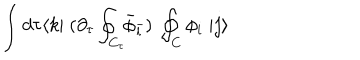
\int d \tau \langle k | \; ( \partial _ { \tau } \oint _ { C _ { \tau } } \! \! { \bar { \phi } } _ { \bar { l } } ) \; \oint _ { C } \phi _ { i } \; | j \rangle